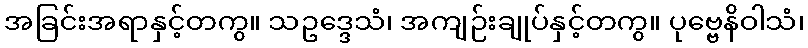
အခြင်းအရာနှင့်တကွ။ သဥဒ္ဒေသံ၊ အကျဉ်းချုပ်နှင့်တကွ။ ပုဗ္ဗေနိဝါသံ၊